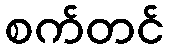
စက်တင်